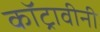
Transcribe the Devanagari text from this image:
कॉट्रावीनी